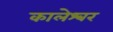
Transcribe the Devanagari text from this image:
कालेश्‍वर